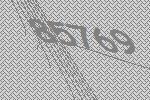
85769